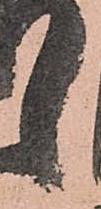
之